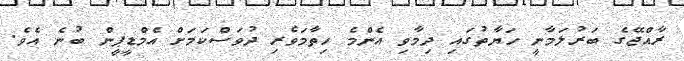
ރާއްޖޭގެ ބަރުލަމާނީ ހަޔާތުގައި ދިމާވި އެންމެ ހިތާމަވެރި ދުވަސްކަމަށް އެމްޑީޕީން ބުނެ އެވެ.